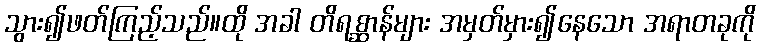
သွား၍ဖတ်ကြည့်သည်။ထို အခါ တိရစ္ဆာန်များ အမှတ်မှား၍နေသော အရာတခုကို